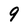
Character: 9